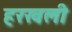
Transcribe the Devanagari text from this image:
हरखली